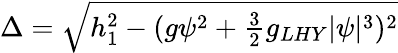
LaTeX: \begin{array}{r}{\Delta=\sqrt{h_{1}^{2}-(g\psi^{2}+\frac{3}{2}g_{LHY}|\psi|^{3})^{2}}}\end{array}